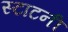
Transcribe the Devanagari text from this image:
स्टाटनी